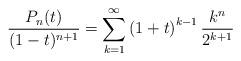
LaTeX: \begin{align*}\frac{P_n(t)}{(1-t)^{n+1}} = \sum_{k=1}^{\infty} \left(1+t\right)^{k-1} \frac{k^n}{2^{k+1}}\end{align*}